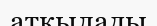
аткылады